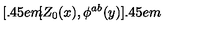
[ \kern - 0 . 4 5 e m \llap [ Z _ { 0 } ( x ) , \phi ^ { a b } ( y ) ] \kern - 0 . 4 5 e m